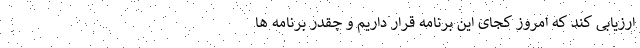
ارزیابی کند که امروز کجای این برنامه قرار داریم و چقدر برنامه ها